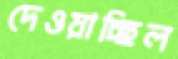
দেওয়াচ্ছিল